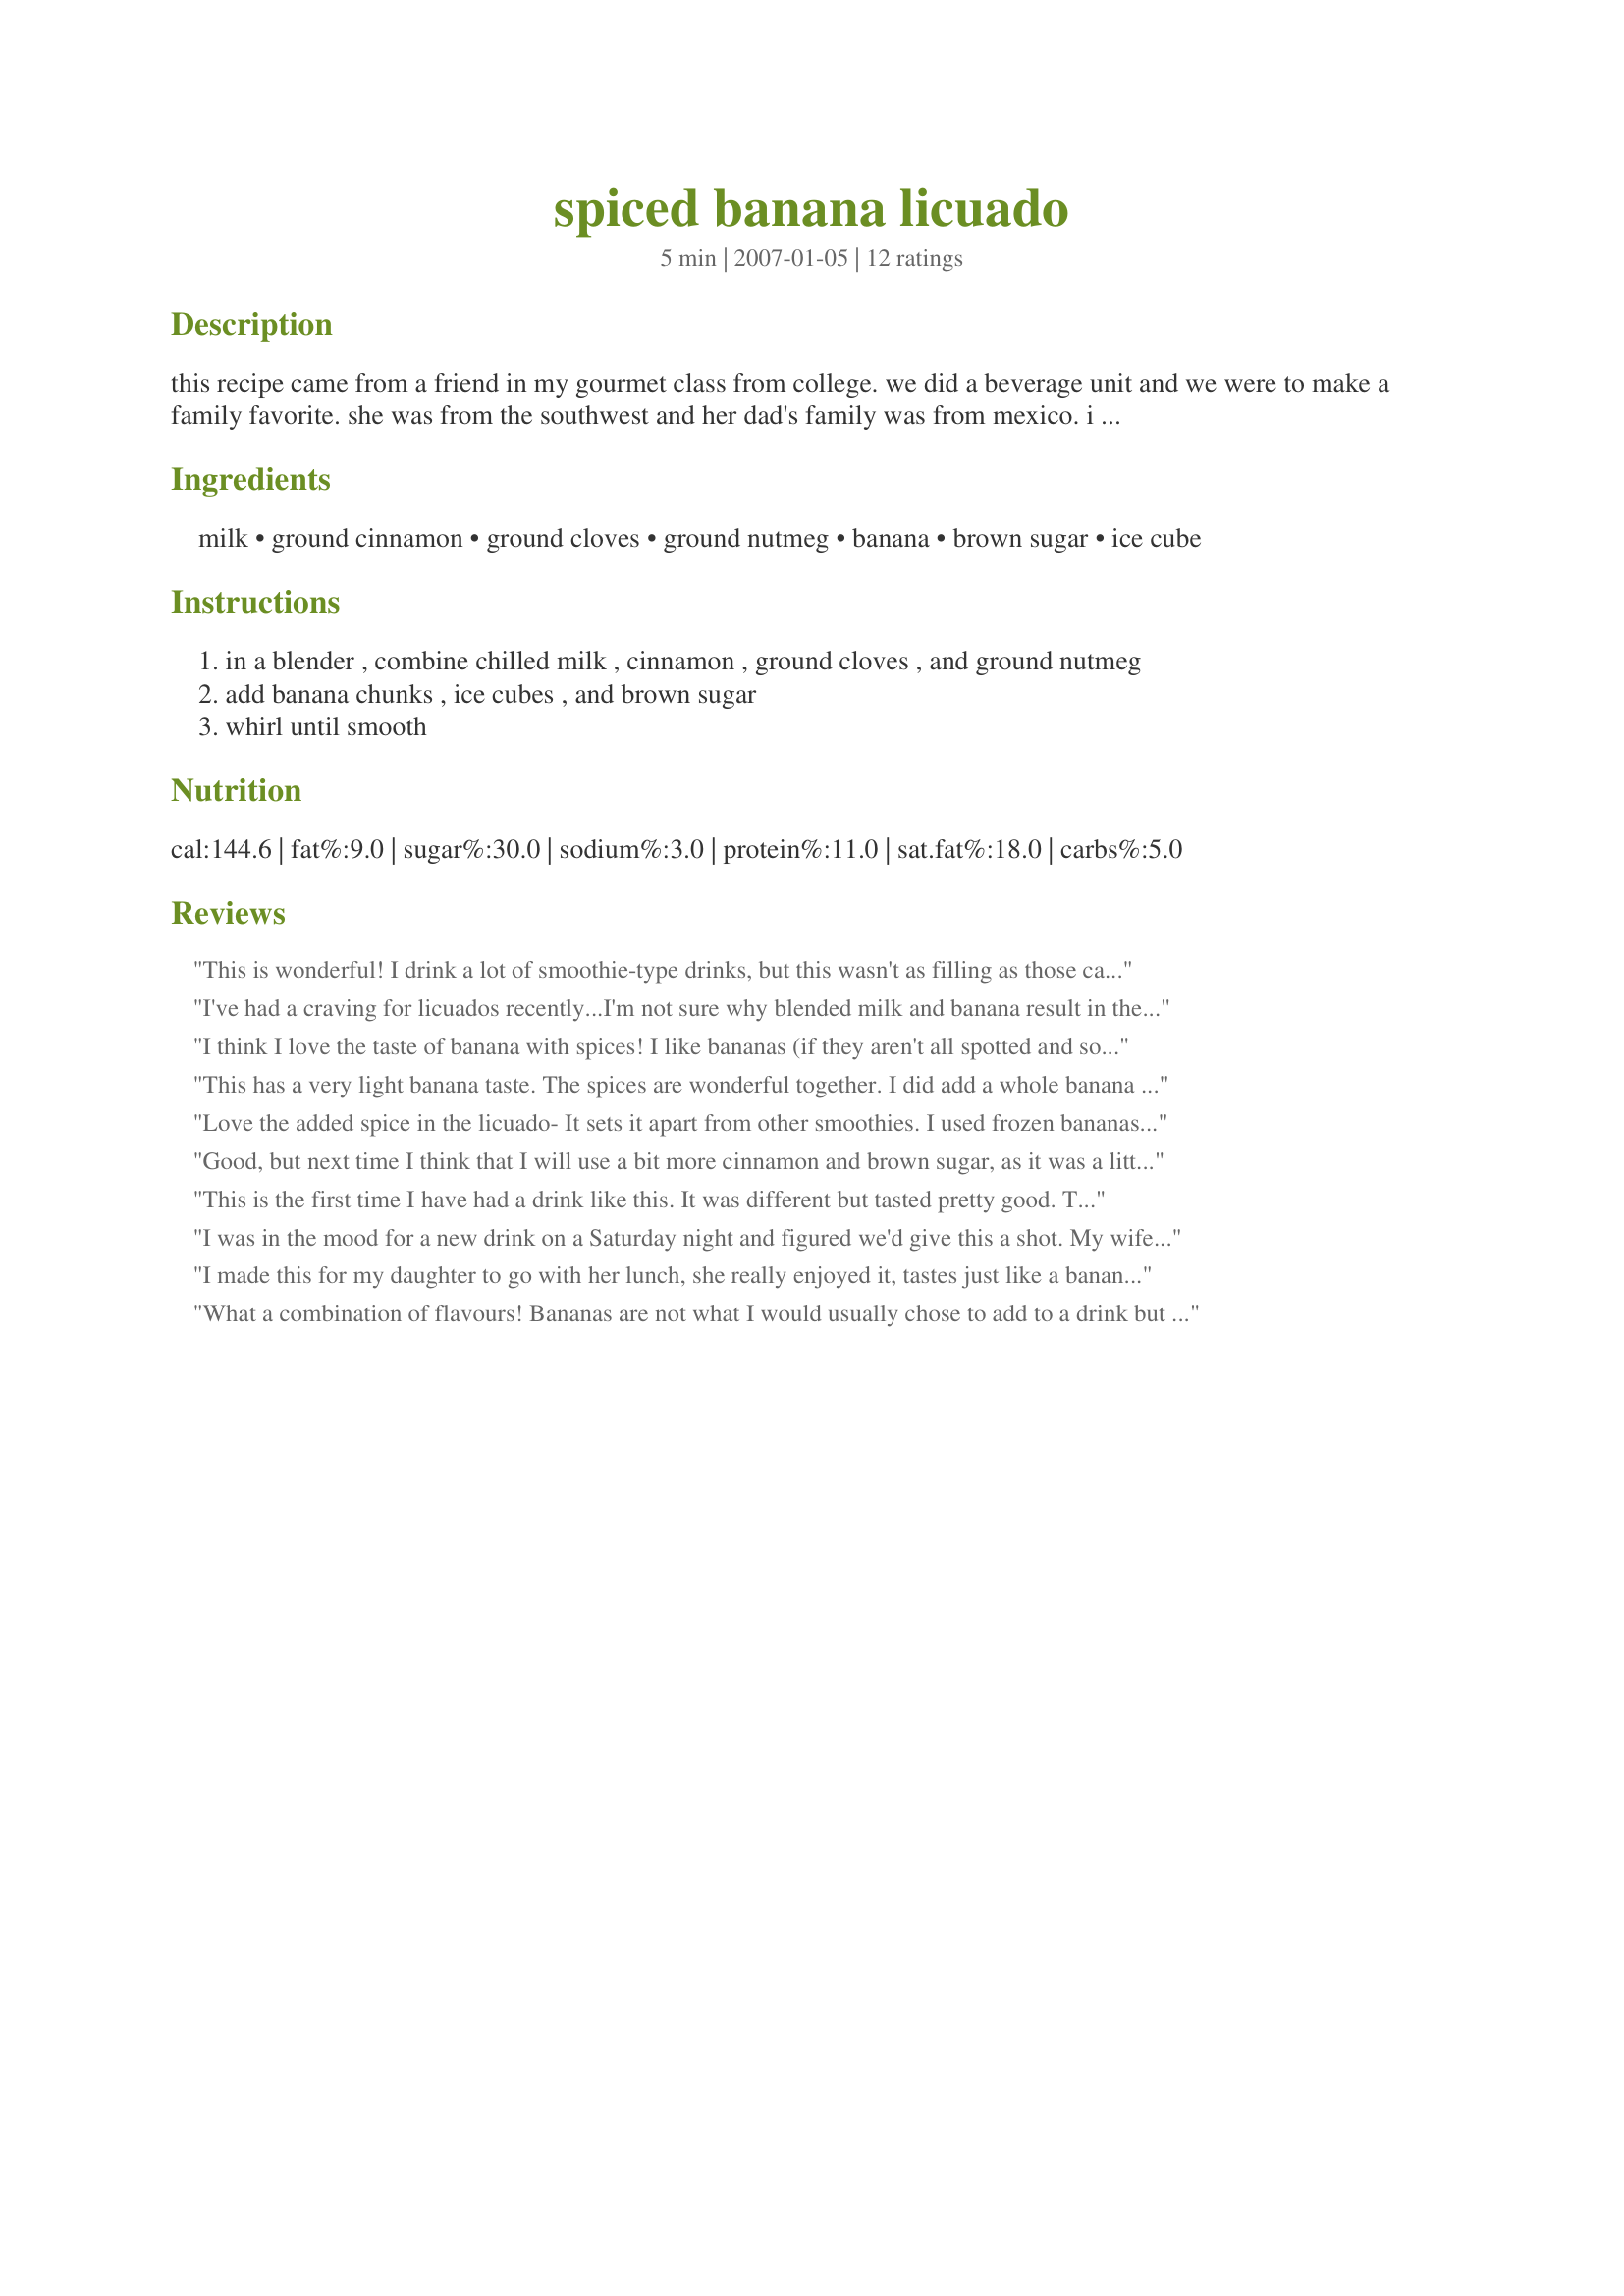
spiced banana licuado
Preparation time: 5 minutes

this recipe came from a friend in my gourmet class from college. we did a beverage unit and we were to make a family favorite. she was from the southwest and her dad's family was from mexico. i had never heard the word "licuado" used in a recipe before. i enjoyed the drink, but haven't made it in a while.

Ingredients:
milk, ground cinnamon, ground cloves, ground nutmeg, banana, brown sugar, ice cube

Steps:
in a blender , combine chilled milk , cinnamon , ground cloves , and ground nutmeg
add banana chunks , ice cubes , and brown sugar
whirl until smooth

Reviews:
This is wonderful! I drink a lot of smoothie-type drinks, but this wasn't as filling as those can tend to be. A great afternoon pick-me-up!
I've had a craving for licuados recently...I'm not sure why blended milk and banana result in the sum being greater than the parts, but there it is! I would cut down the sugar just a bit, sometimes use honey instead, and cut the ice if I don't have any handy. Thanks for the recipe!
I think I love the taste of banana with spices! I like bananas (if they aren't all spotted and soft, of course), but I don't usually like banana flavored drinks. I really enjoyed this one, though. I liked that it wasn't all thick and heavy, too. Oh, and I couldn't find my open bag of brown sugar, so I subbed an equal amount of cajeta for it. Now I'll have to make it for DH to try, since he wasn't around when I made it the other day. I wonder if all the angels are enjoying Amy's creations up there as much as we enjoy them down here? :)
This has a very light banana taste. The spices are wonderful together. I did add a whole banana 
(just so it wouldn't be wasted) which made for more than half a cup of bananas. Thank you Amy... I Miss You Girl!
Love the added spice in the licuado- It sets it apart from other smoothies. I used frozen bananas instead of using ice cubes. This is going into my keeper file!
Good, but next time I think that I will use a bit more cinnamon and brown sugar, as it was a little plain for me. But it was still very good and I enjoyed it!
This is the first time I have had a drink like this. It was different but tasted pretty good. 

Thanks Redneck Epicurean for a new type of drink. 

Bullwinkle.
I was in the mood for a new drink on a Saturday night and figured we'd give this a shot. My wife and I, as well as all our kids, loved it.
I made this for my daughter to go with her lunch, she really enjoyed it, tastes just like a banana eggnog!
What a combination of flavours!
Bananas are not what I would usually chose to add to a drink but I think the mixture of cinnamon,cloves and nutmeg make a 5 star drink. I am so anxious to make this for my grandchildren when they come to visit.
We really enjoyed this one, too! Might add a bit more nutmeg and a bit more sugar next time, as well. Not a heavy drink at all.
This had a really nice, light flavor to it. I used two cups of unsweetened almond milk instead of regular milk to make it vegan and instead of using 1/4 cup of ice cubes and 1/2 cup banana, i just used an entire medium sized frozen banana, which enhanced the banana flavor and chilled the drink.
